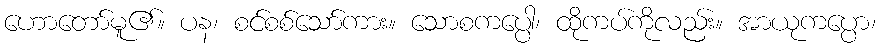
ဟောတော်မူ၏။ ပန၊ စင်စစ်သော်ကား။ သောစကပ္ပေါ၊ ထိုကပ်ကိုလည်း။ အာယုကပ္ပော၊